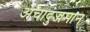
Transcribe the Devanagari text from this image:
अचादुज्जमान